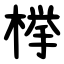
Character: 﨔